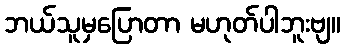
ဘယ်သူမှပြောတာ မဟုတ်ပါဘူးဗျ။